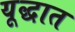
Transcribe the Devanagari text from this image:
यूद्धात